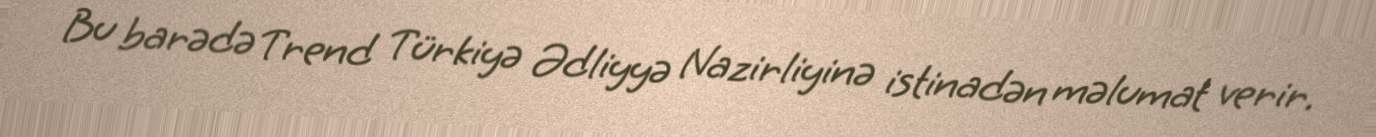
Bu barədə Trend Türkiyə Ədliyyə Nazirliyinə istinadən məlumat verir.